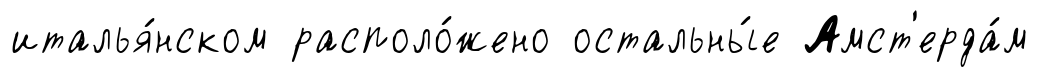
италья́нском располо́жено остальны́е Амст'ерда́м